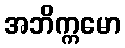
အဘိက္ကမော